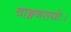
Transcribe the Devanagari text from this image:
वाङ्मनसयोः।